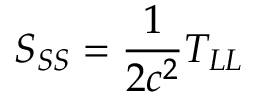
S _ { S S } = \frac { 1 } { 2 c ^ { 2 } } T _ { L L }